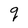
Character: q